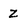
Character: Z